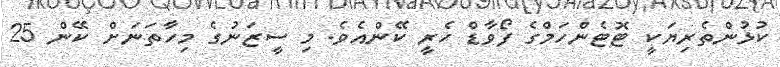
ކުޅުންތެރިޔަކީ ޓޮޓެންހަމްގެ ފޯވާޑް ހެރީ ކޭންއެވެ. މި ސީޒަނުގެ މިހާތަނަށް ކޭން 25